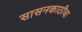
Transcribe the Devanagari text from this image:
सासनकाठीचा